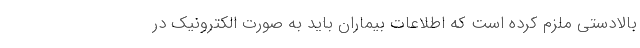
بالادستی ملزم کرده است که اطلاعات بیماران باید به صورت الکترونیک در